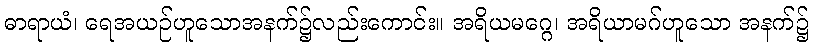
ဓာရာယံ၊ ရေအယဉ်ဟူသောအနက်၌လည်းကောင်း။ အရိယမဂ္ဂေ၊ အရိယာမဂ်ဟူသော အနက်၌